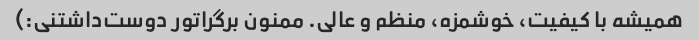
همیشه با کیفیت، خوشمزه، منظم و عالی. ممنون برگراتور دوست‌داشتنی:)